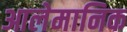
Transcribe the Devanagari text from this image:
आलेमानिक